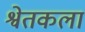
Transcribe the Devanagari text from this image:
श्वेतकला